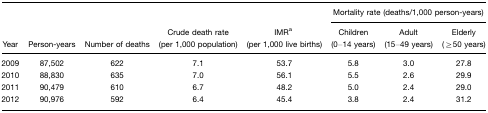
|  |  |  |  |  | <COLSPAN=3> Mortality rate (deaths/1,000 person-years) |
 | Year | Person-years | Number of deaths | Crude death rate (per 1,000 population) | IMRa (per 1,000 live births) | Children (0–14 years) | Adult (15–49 years) | Elderly (≥50 years) |
 | --- | --- | --- | --- | --- | --- | --- | --- |
 | 2009 | 87,502 | 622 | 7.1 | 53.7 | 5.8 | 3.0 | 27.8 |
 | 2010 | 88,830 | 635 | 7.0 | 56.1 | 5.5 | 2.6 | 29.9 |
 | 2011 | 90,479 | 610 | 6.7 | 48.2 | 5.0 | 2.4 | 29.0 |
 | 2012 | 90,976 | 592 | 6.4 | 45.4 | 3.8 | 2.4 | 31.2 |